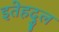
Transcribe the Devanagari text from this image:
इतेहदुल